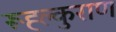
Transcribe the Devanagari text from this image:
रूह्ल्कुराण